Report on sanitation, dispensaries, and jails in Rajputana for 1909, and on vaccination for the year 1909-1910 - 1909-1910
Year: 1909
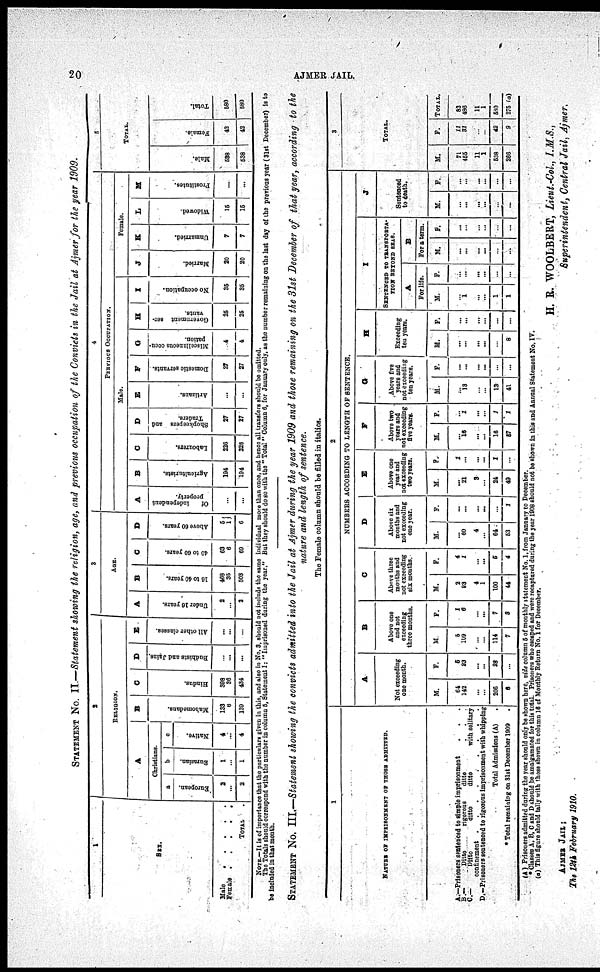
20
AJMER JAIL.
STATEMENT NO. II.—Statement showing the religion, age, and previous occupation of the Convicts in the Jail at Ajmer for the year 1909.
1
SEX.
Male . . . . .
Female . . . . .
TOTAL .
2
RELIGION.
A
Christians.
a
European.
2
...
2
b
Eurasian.
1
...
1
c
Native.
4
...
4
B
Mahomedans.
133
6
139
C
Hindus.
398
36
434
D
Budhists and Jains
...
...
...
E
All other classes.
...
...
...
3
AGE.
A
Under 16 years.
2
...
a
B
16 to 40 years.
468
35
503
C
40 to 60 years.
63
6
69
D
Above 60 years.
5
1
6
4
PRIVIOUS OCCUPATION.
Male.
A
Of
independent
property.
...
...
B
Agriculturists.
194
194
C
Labourers.
226
226
D
Shopkeepers and
Traders.
27
27
E
Artizans.
...
...
F
Domestic servants.
27
27
G
Miscellaneous occu-
pation.
4
4
H
Government ser-
vants.
25
25
I
No occupation.
35
35
female.
J
Married.
20
20
K
Unmarried.
7
7
L
Widowed.
15
15
M
Prostitutes.
...
...
5
TOTAL.
Male.
538
538
Female.
42
42
Total.
580
580
NOTE.—It is of importance that the particulars given in this, and also in No. 3, should not include the same individual more than once, and hence all transfers should be omitted.
The Totals should correspond with the number in column 6, Statement I: " Imprisoned during the year." But they should do so with the " Total" Column 6, for January only, as the number remaining on the last day of the previous year (31st December) is to
be included in that month.
STATEMENT NO. III.—Statement showing the convicts admitted into the Jail at Ajmer during the year 1909 and those remaining on the 31st December of that year, according to the
nature and length of sentence.
The Female column should be filled in italics.
1
NATURE OF IMPRISONMENT OF THOSE ADMITTED.
A.—Prisoners sentenced to simple imprisonment . . .
B.—
Ditto
rigorous
ditto . . .
C.—
Ditto
ditto
ditto
with solitary
confinement
.
.
.
.
.
.
.
.
.
D.—Prisoners sentenced to rigorous imprisonment with whipping
Total Admissions (A) .
* Total remaining on 31st December 1909 .
2
NUMBERS ACCORDING TO LENGTH OF SENTENCE.
A
Not exceeding
one month.
M.
64
142
...
...
206
6
F.
5
23
..
...
28
...
B
Above one
and not
exceeding
three months.
M.
5
109
...
...
114
7
F.
1
6
...
...
7
8
C
Above three
months and
not exceeding
six months.
M.
2
93
4
1
100
44
F.
4
1
...
...
6
4
D
Above six
months and
not exceeding
one year.
M.
...
60
4
...
64
53
F.
...
...
...
...
...
1
E
Above one
year and
not exceeding
two years.
M.
...
21
3
...
24
49
F.
1
...
...
...
2
...
F
Above two
years and
not exceeding
five years.
M.
...
18
...
...
16
57
F.
...
1
...
...
1
1
G
Above five
years and
not exceeding
ten years.
M.
...
13
...
...
13
41
F.
...
...
...
...
...
...
H
Exceeding
ten years.
M.
...
...
...
...
...
8
F.
...
...
...
...
...
I
SENTENCED TO TRANSPORTA¬
TION BEYOND SEAS.
A
For life.
M.
...
1
...
...
1
1
F.
...
...
...
...
...
...
B
For a term.
M.
...
...
...
...
...
...
F.
...
...
...
...
...
...
J
Sentenced
to death.
M.
...
..
...
...
...
...
F.
...
...
...
...
...
...
3
TOTAL.
M.
71
455
11
1
538
266
F.
11
81
...
...
42
9
TOTAL.
82
486
11
1
580
275 (a)
(A) Prisoners admitted during the year should only be shown here, vide column 5 of monthly statement No. 1, from January to December.
* Classes A, B, C and D should be amalgamated for this total. Prisoners who escaped and were recaptured during the year 1908 should not be shown in this and Annual Statement No. IV.
(a) This figure should tally with those shown in column 16 of Monthly Return No. 1 for December.
H. R. WOOLBERT, Lieut.-Col., I.M.S.,
Superintendent, Central Jail, Ajmer.
AJMER JAIL;
The 12th February 1910.